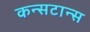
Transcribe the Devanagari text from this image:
कन्सटान्स